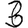
Digit: 3